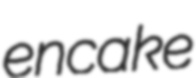
encake